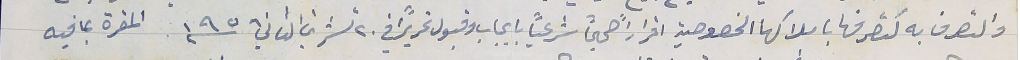
والتصرف به كتصرفها باملاكها الخصوصية اقراراً صحيحاً شرعياً بايجاب وقبول تحريراً في ٢٠ تشرين الثاني سنة ١٩٥ المقرة بما فيه